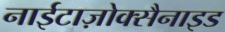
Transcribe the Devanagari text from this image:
नाईटाज़ोक्सैनाइड